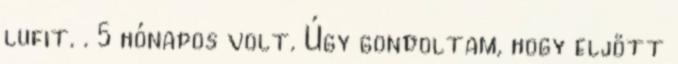
lufit. . 5 hónapos volt. Úgy gondoltam, hogy eljött